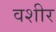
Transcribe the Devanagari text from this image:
वशीर